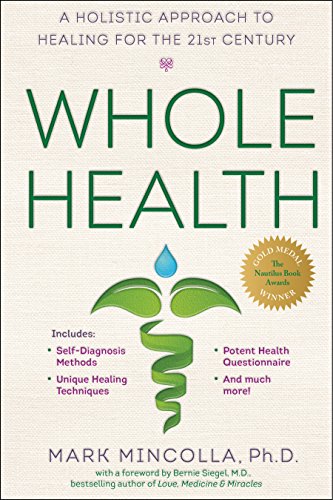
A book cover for Whole Health: A Holistic Approach to Healing for the 21st Century; Mark Mincolla Ph.D.; Health, Fitness & Dieting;